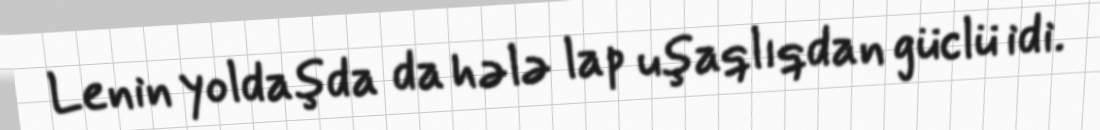
Lenin yoldaşda da hələ lap uşaqlıqdan güclü idi.